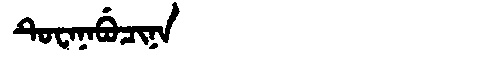
Manchu: ᡨᡠᠸᠠᠨᠠᠪᡠᠴᡳᠨᠠ
Romanization: TUWANABUCINA